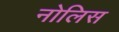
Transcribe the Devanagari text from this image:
नोलिस